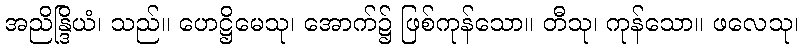
အညိန္ဒြိယံ၊ သည်။ ဟေဋ္ဌိမေသု၊ အောက်၌ ဖြစ်ကုန်သော။ တီသု၊ ကုန်သော။ ဖလေသု၊